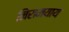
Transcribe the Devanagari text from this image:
निरामयाय